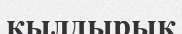
қылдырық